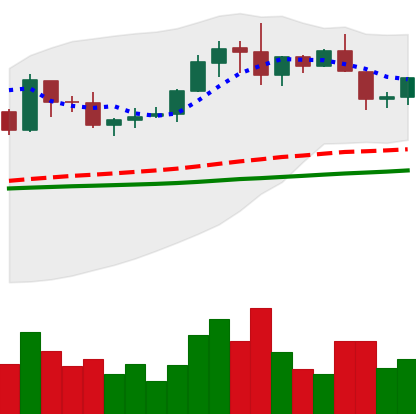
Ticker: XRP-USD
Chart end date: 2019-06-06
Forward return: -6.025%
Label: down_5_7